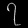
Digit: ၇